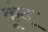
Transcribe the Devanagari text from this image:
कूंद